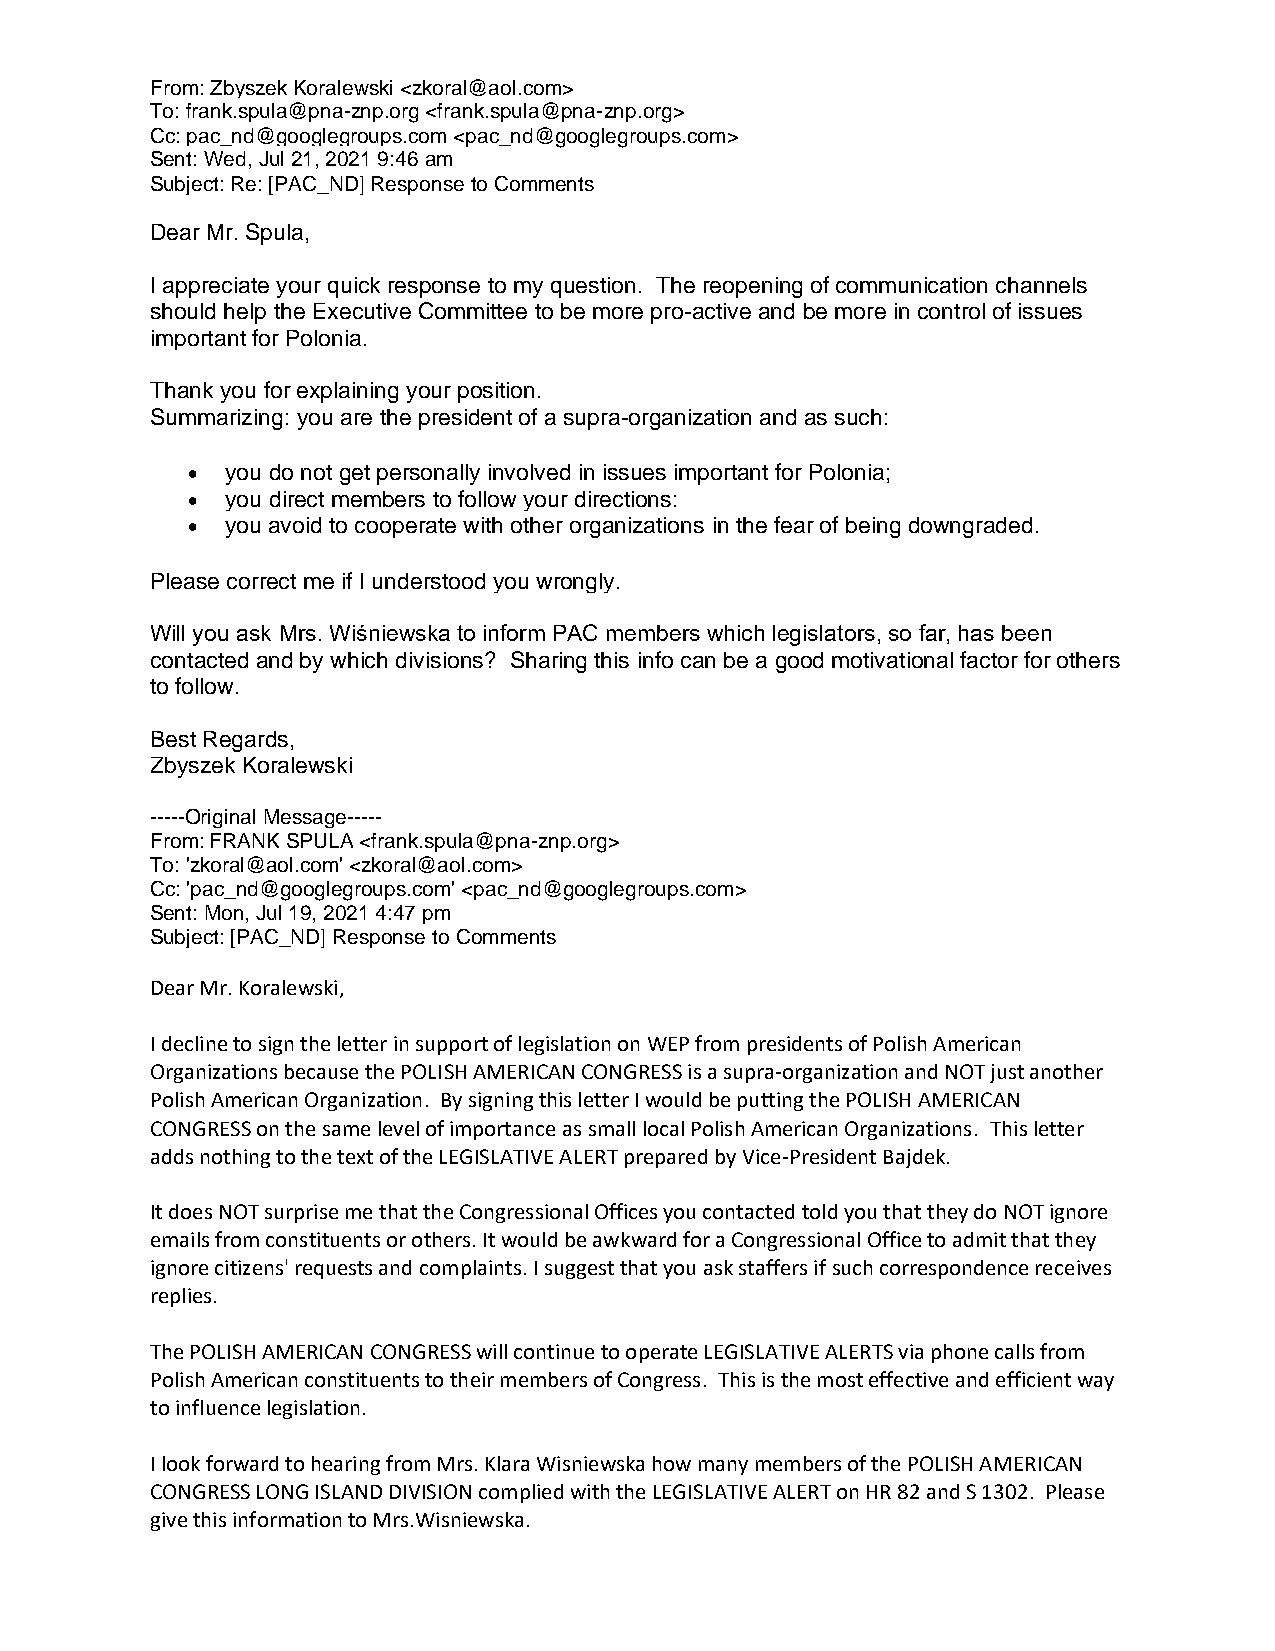
From: Zbyszek Koralewski <zkoral@aol.com>
 To: frank.spula@pna-znp.org <frank.spula@pna-znp.org>
 Cc: pac_nd@googlegroups.com <pac_nd@googlegroups.com>
 Sent: Wed, Jul 21, 2021 9:46 am
 Subject: Re: [PAC_ND] Response to Comments
 Dear Mr. Spula,
 I appreciate your quick response to my question. The reopening of communication channels
 should help the Executive Committee to be more pro-active and be more in control of issues
 important for Polonia.
 Thank you for explaining your position.
 Summarizing: you are the president of a supra-organization and as such:
 •  you do not get personally involved in issues important for Polonia;
 •  you direct members to follow your directions:
 •  you avoid to cooperate with other organizations in the fear of being downgraded.
 Please correct me if I understood you wrongly.
 Will you ask Mrs. Wiśniewska to inform PAC members which legislators, so far, has been
 contacted and by which divisions? Sharing this info can be a good motivational factor for others
 to follow.
 Best Regards,
 Zbyszek Koralewski
 -----Original Message-----
 From: FRANK SPULA <frank.spula@pna-znp.org>
 To: 'zkoral@aol.com' <zkoral@aol.com>
 Cc: 'pac_nd@googlegroups.com' <pac_nd@googlegroups.com>
 Sent: Mon, Jul 19, 2021 4:47 pm
 Subject: [PAC_ND] Response to Comments
 Dear Mr. Koralewski,
 I decline to sign the letter in support of legislation on WEP from presidents of Polish American
 Organizations because the POLISH AMERICAN CONGRESS is a supra-organization and NOT just another
 Polish American Organization. By signing this letter I would be putting the POLISH AMERICAN
 CONGRESS on the same level of importance as small local Polish American Organizations. This letter
 adds nothing to the text of the LEGISLATIVE ALERT prepared by Vice-President Bajdek.
 It does NOT surprise me that the Congressional Offices you contacted told you that they do NOT ignore
 emails from constituents or others. It would be awkward for a Congressional Office to admit that they
 ignore citizens' requests and complaints. I suggest that you ask staffers if such correspondence receives
 replies.
 The POLISH AMERICAN CONGRESS will continue to operate LEGISLATIVE ALERTS via phone calls from
 Polish American constituents to their members of Congress. This is the most effective and efficient way
 to influence legislation.
 I look forward to hearing from Mrs. Klara Wisniewska how many members of the POLISH AMERICAN
 CONGRESS LONG ISLAND DIVISION complied with the LEGISLATIVE ALERT on HR 82 and S 1302. Please
 give this information to Mrs.Wisniewska.